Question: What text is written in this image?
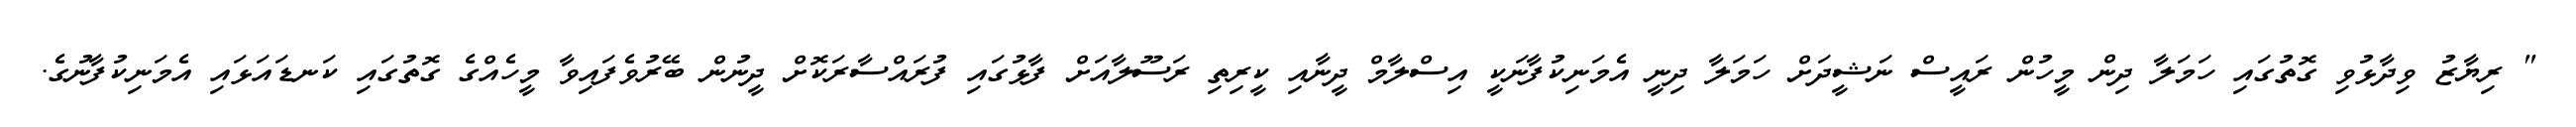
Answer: " ރިޔާޒު ވިދާޅުވި ގޮތުގައި ހަމަލާ ދިން މީހުން ރައީސް ނަޝީދަށް ހަމަލާ ދިނީ އެމަނިކުފާނަކީ އިސްލާމް ދީނާއި ކީރިތި ރަސޫލާއަށް ފާޅުގައި ފުރައްސާރަކޮށް ދީނުން ބޭރުވެފައިވާ މީހެއްގެ ގޮތުގައި ކަނޑައަޅައި އެމަނިކުފާނުގެ.